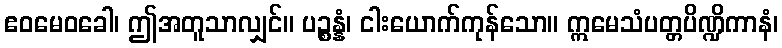
ဧဝမေဝခေါ၊ ဤအတူသာလျှင်။ ပဉ္စန္နံ၊ ငါးယောက်ကုန်သော။ ဣမေသံပတ္တပိဏ္ဍိကာနံ၊